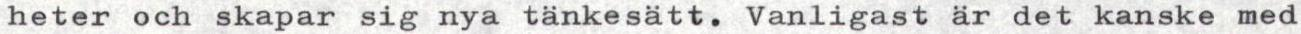
heter och skapar sig nya tänkesätt. Vanligast är det kanske med